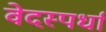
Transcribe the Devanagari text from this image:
वेदस्पर्धा